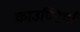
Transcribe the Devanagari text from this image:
काउण्टियाँ